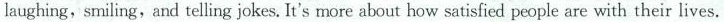
laughing, smiling, and telling jokes. It's more about how satisfied people are with their lives.